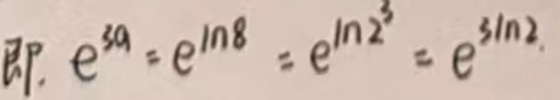
即, \(e^{3a}=e\ln 8 = e\ln 2^{3}=e^{3\ln 2}\).